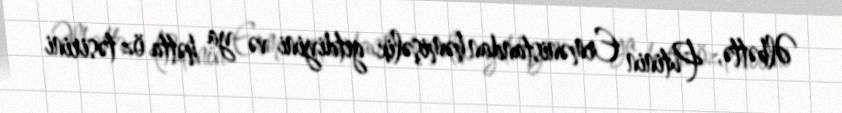
Əlbəttə, Putinin Ermənistandan həmişəlik getdiyini və ya hətta öz təsirini